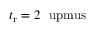
t _ { \mathrm { r } } = 2 ~ \mathrm { \ u p m u s }